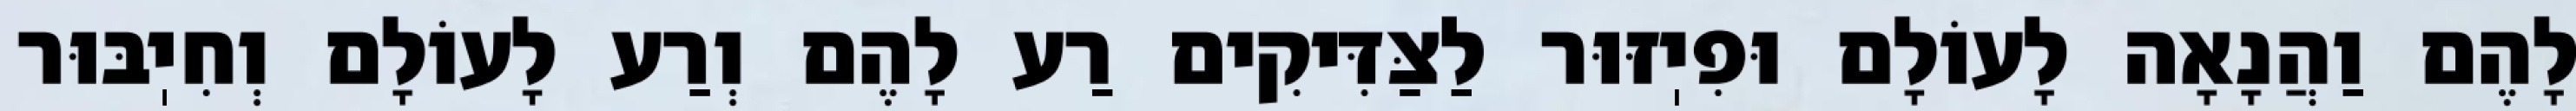
לָהֶם וַהֲנָאָה לָעוֹלָם וּפִיֽזּוּר לַצַּדִּיקִים רַע לָהֶם וְרַע לָעוֹלָם וְחִיֽבּוּר